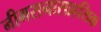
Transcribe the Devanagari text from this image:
नीमरानासाहसिक